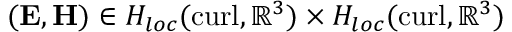
( \mathbf { E } , \mathbf { H } ) \in H _ { l o c } ( \mathrm { c u r l } , \mathbb { R } ^ { 3 } ) \times H _ { l o c } ( \mathrm { c u r l } , \mathbb { R } ^ { 3 } )